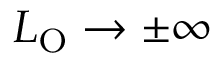
L _ { \mathrm { O } } \rightarrow \pm \infty